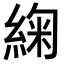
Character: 𮈜